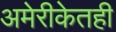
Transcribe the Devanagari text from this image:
अमेरीकेतही